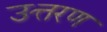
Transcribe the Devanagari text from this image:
उत्तरण